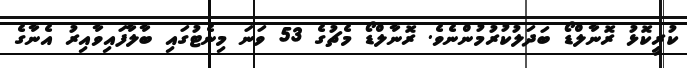
ކުރީކޮޅު ރޮނާލްޑޯ ބަދަލުކުރުމުންނެވެ. ރޮނާލްޑޯ މެޗުގެ 53 ވަނަ މިނެޓުގައި ބާލާފައިވާއިރު އެނާގެ